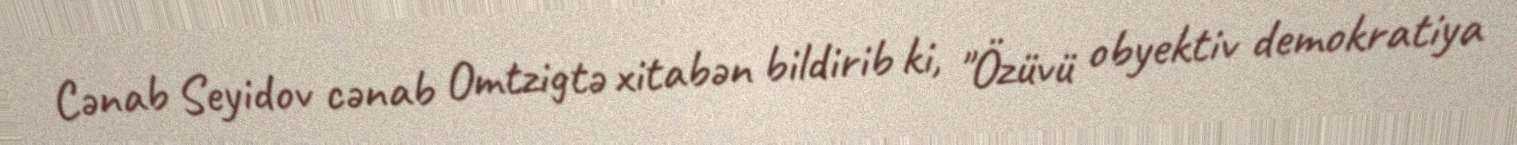
Cənab Seyidov cənab Omtzigtə xitabən bildirib ki, "Özüvü obyektiv demokratiya